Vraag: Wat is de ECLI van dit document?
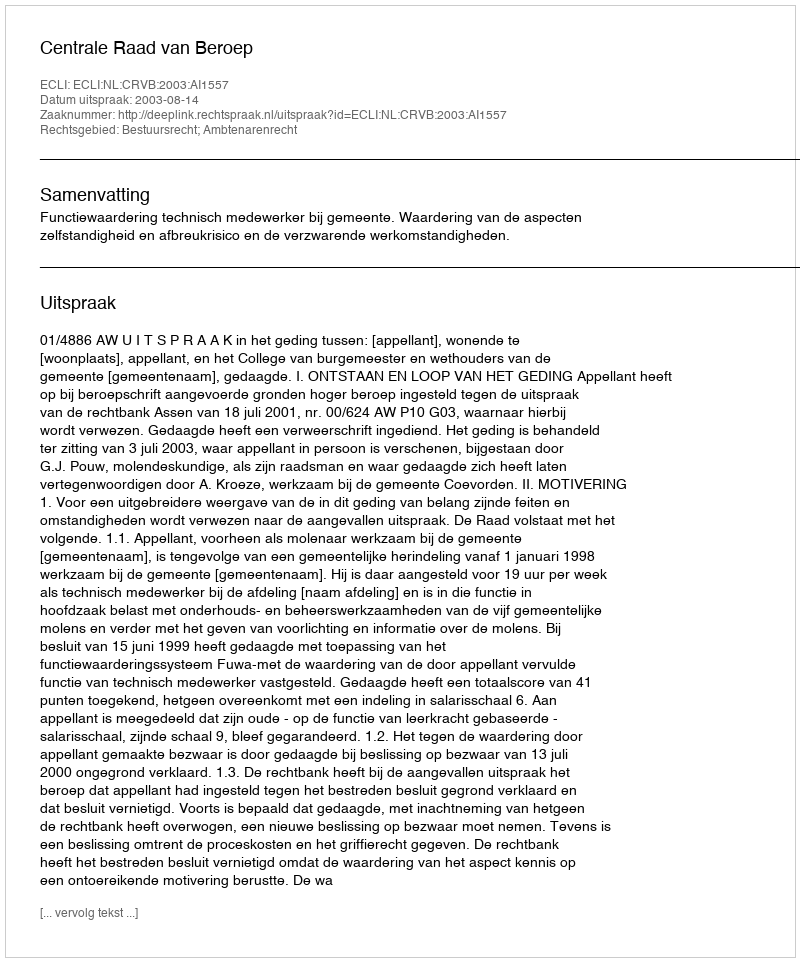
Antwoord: ECLI:NL:CRVB:2003:AI1557